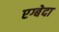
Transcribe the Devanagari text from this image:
एग्बेदा